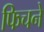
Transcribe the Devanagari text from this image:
फिचने